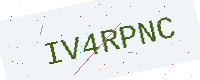
Text: IV4RPNC